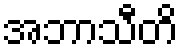
အဘာသီတိ